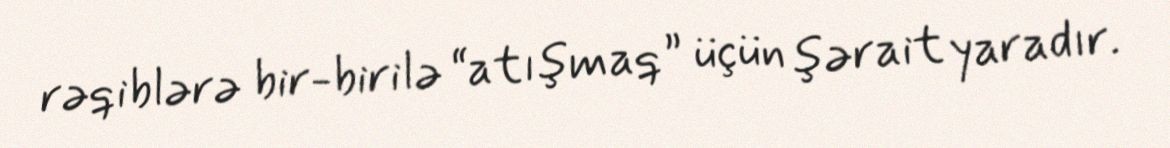
rəqiblərə bir-birilə “atışmaq” üçün şərait yaradır.